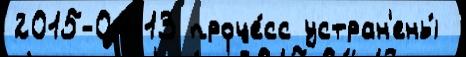
2015-04-13 проце́сс устран'ены́